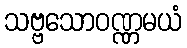
သဗ္ဗသောဝဏ္ဏမယံ